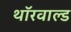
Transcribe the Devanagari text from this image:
थॉरवाल्ड